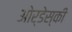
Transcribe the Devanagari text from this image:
ओर्डेस्की